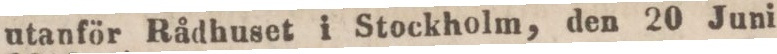
utanför Rådhuset i Stockholm, den 20 Juni